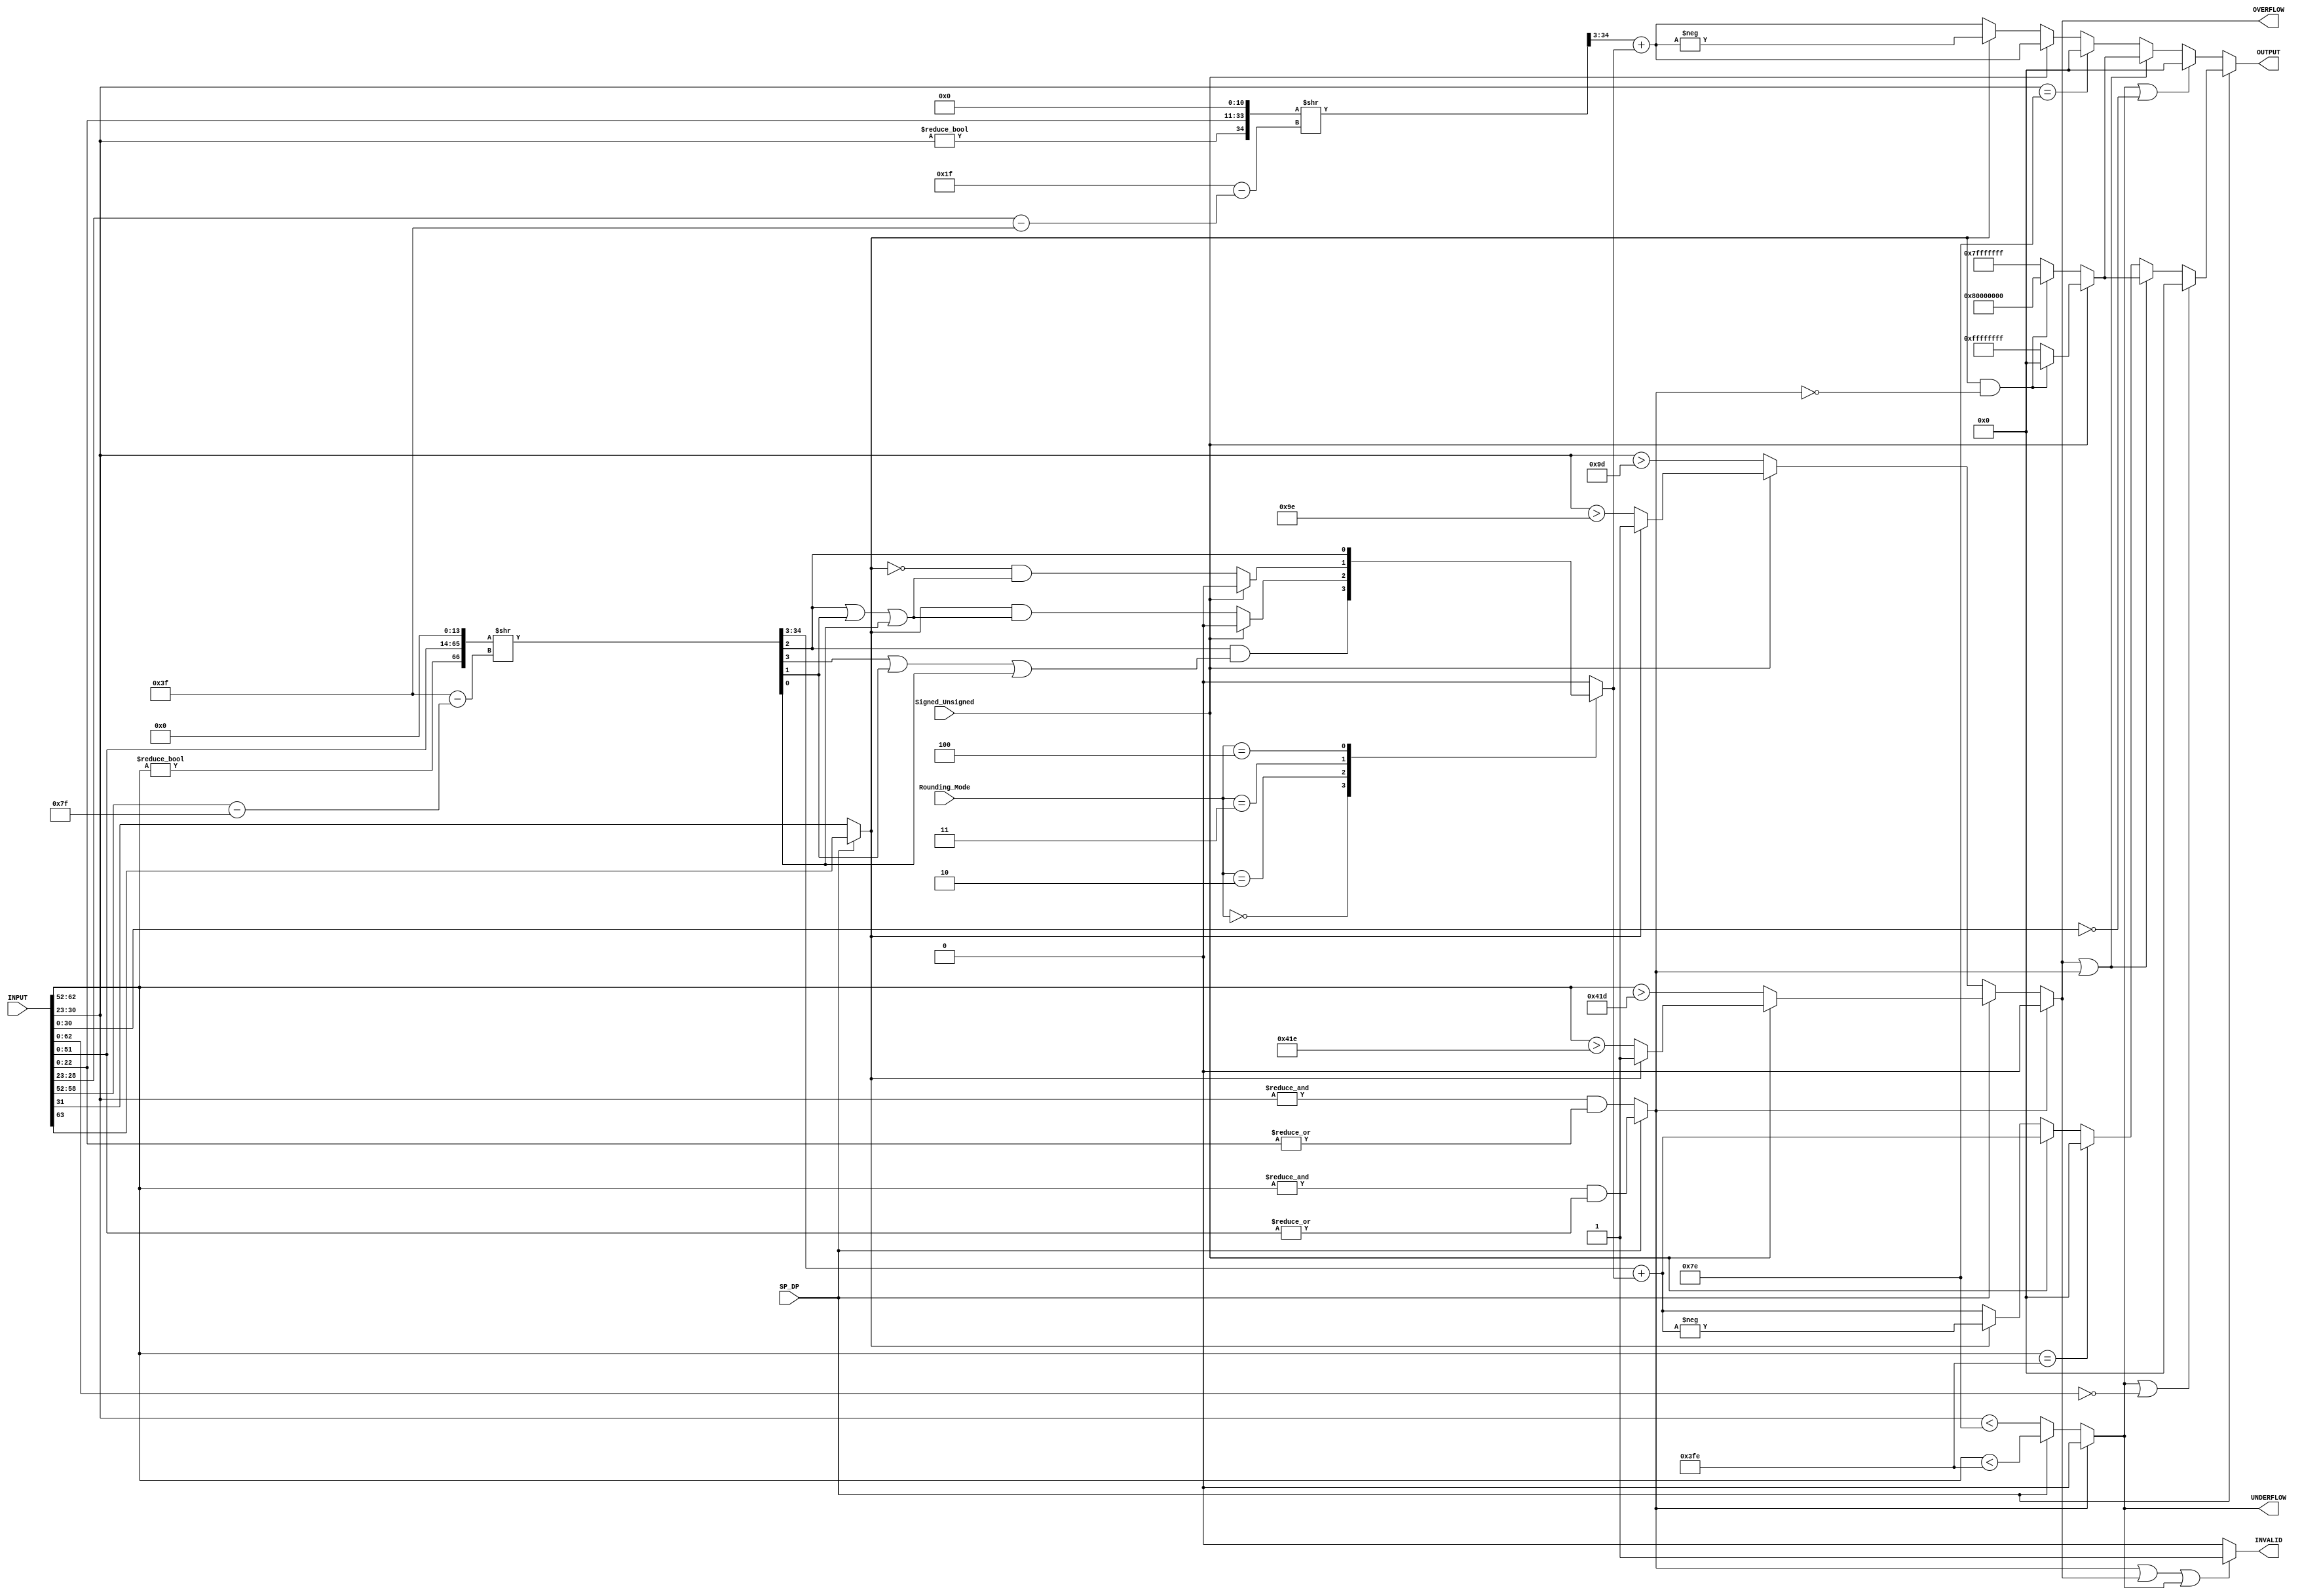
//******************************************************************************
// Copyright (c) 2014 - 2018, Indian Institute of Science, Bangalore.
// All Rights Reserved. See LICENSE for license details.
//------------------------------------------------------------------------------

// Contributors
// Akshay Birari (akshay@alum.iisc.ac.in), Piyush Birla (piyush@alum.iisc.ac.in)
// Suseela Budi (suseela@alum.iisc.ac.in), Pradeep Gupta (gupta@alum.iisc.ac.in)
// Kavya Sharat (kavyasharat@alum.iisc.ac.in), Sumeet Bandishte (sumeet.bandishte30@gmail.com)
// Kuruvilla Varghese (kuru@iisc.ac.in)
`timescale 1ns / 1ps

`define RNE 3'b000
`define RZ  3'b001
`define RDN 3'b010                    
`define RUP 3'b011
`define RMM 3'b100

module FP_to_int
(
    input [63:0] INPUT,
    input SP_DP,
    input Signed_Unsigned,
    input [2:0] Rounding_Mode,
    output reg [31:0] OUTPUT,
    output reg INVALID,
    output reg OVERFLOW,                        
    output reg UNDERFLOW
    
);

wire [7:0] Zero_Exp_SP = {7{1'b1}};
wire [10:0] Zero_Exp_DP = {10{1'b1}};

wire sign;	
assign sign = SP_DP ? INPUT[63] : INPUT[31];

wire [7:0] exp_SP = INPUT[30:23];	
wire [10:0] exp_DP = INPUT[62:52];	

wire [23:0] man_SP = {exp_SP!=0,INPUT[22:0]};
wire [52:0] man_DP = {exp_DP!=0,INPUT[51:0]};	

wire INPUT_NaN = SP_DP ? ((&exp_DP) & (|INPUT[51:0])) : ((&exp_SP) & (|INPUT[22:0]));

wire [31:0] Max_Int_Signed  = (sign & ~INPUT_NaN) ? 32'b10000000000000000000000000000000 : 32'b01111111111111111111111111111111;
wire [31:0] Max_Int_Unsigned  = (sign & ~INPUT_NaN) ? 32'b00000000000000000000000000000000 : 32'b11111111111111111111111111111111;


wire INPUT_zero_SP = INPUT[30:0]==0;
wire INPUT_zero_DP = INPUT[62:0]==0;	

always @(*) begin
    if (INPUT_NaN == 1'b0) begin
        if(SP_DP==1) begin
            if(Signed_Unsigned==1) begin
                OVERFLOW  <= sign ?  1'b1 : exp_DP > (Zero_Exp_DP + 31);	
            end	
            else begin
                OVERFLOW  <= exp_DP > (Zero_Exp_DP + 30);
            end
            UNDERFLOW <= exp_DP < Zero_Exp_DP - 1;	
        end
        else begin
            if(Signed_Unsigned==1) begin
                OVERFLOW  <= sign ? 1'b1 : exp_SP > (Zero_Exp_SP + 31);	    
            end    
            else begin
                OVERFLOW  <= exp_SP > (Zero_Exp_SP + 30);	
            end	
            UNDERFLOW <= exp_SP < Zero_Exp_SP - 1;   
        end
    end
    else begin
        OVERFLOW  <= 1'b0;
        UNDERFLOW <= 1'b0;
    end
end				

always @(*) begin
    
    if ((INPUT_NaN == 1'b1) || (OVERFLOW == 1'b1) || (UNDERFLOW == 1'b1)) begin
        INVALID <= 1'b1;
    end
    else begin
        INVALID <= 1'b0;
    end
end

reg Add_Rounding_Bit;

wire [5:0] shift_SP = (31 - (exp_SP - Zero_Exp_SP));
wire [6:0] shift_DP = (63 - (exp_DP - Zero_Exp_DP));

wire [34:0] o1_SP = {man_SP,{8{1'b0}},3'b0} >> shift_SP;	
wire [31:0] o2_SP = o1_SP[34:3] + Add_Rounding_Bit;	

wire [34:0] o1_DP = {man_DP,{11{1'b0}},3'b0} >> shift_DP;	
wire [31:0] o2_DP = o1_DP[34:3] + Add_Rounding_Bit;	

wire LSB = o1_DP[3];
wire Guard = o1_DP[2];          
wire Round = o1_DP[1];
wire Sticky = o1_DP[0];


always @(*) begin
    case(Rounding_Mode)
        `RNE : begin
                Add_Rounding_Bit <= Guard & (LSB | Round | Sticky);
                end
        `RZ  : begin
                Add_Rounding_Bit <= 1'b0;
                end
        `RDN : begin
                Add_Rounding_Bit <= Signed_Unsigned ? 1'b0 : (sign & (Guard | Round | Sticky));
                end
        `RUP : begin
                Add_Rounding_Bit <= Signed_Unsigned ? 1'b0 : ((~sign) & (Guard | Round | Sticky));
                end
        `RMM : begin
                Add_Rounding_Bit <= Guard;
                end
        default: begin
                Add_Rounding_Bit <= 1'b0;
                end        
    endcase;
end



always @(*) begin
    if (SP_DP == 1) begin
        if (UNDERFLOW | INPUT_zero_DP)
            OUTPUT <= 0;
        else if (OVERFLOW | INPUT_NaN)
            if(Signed_Unsigned == 1)
                OUTPUT <= Max_Int_Unsigned;
            else
                OUTPUT <= Max_Int_Signed;
        else if (exp_DP==Zero_Exp_DP-1)
            OUTPUT <= 0;
        else
            if(Signed_Unsigned==1) begin
                OUTPUT <= o2_DP; 
            end    
            else begin
                OUTPUT <= sign ? -o2_DP : o2_DP;
            end
    end
    else begin
        if (UNDERFLOW | INPUT_zero_SP)
            OUTPUT <= 0;
        else if (OVERFLOW | INPUT_NaN)
            if(Signed_Unsigned == 1)
                OUTPUT <= Max_Int_Unsigned;
            else
                OUTPUT <= Max_Int_Signed;
        else if (exp_SP==Zero_Exp_SP-1)
            OUTPUT <= 0;
        else
            if(Signed_Unsigned==1) begin
                OUTPUT <= o2_SP; 
            end    
            else begin
                OUTPUT <= sign ? -o2_SP : o2_SP;
            end
    end
end
		
					


endmodule